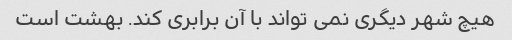
هیچ شهر دیگری نمی تواند با آن برابری کند. بهشت است